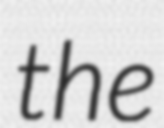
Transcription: the